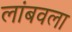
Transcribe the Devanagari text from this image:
लांबवला